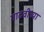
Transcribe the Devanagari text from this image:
गाढवीच्या